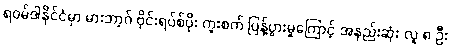
ရဝမ်ဒါနိုင်ငံမှာ မားဘာ့ဂ် ဗိုင်းရပ်စ်ပိုး ကူးစက် ပြန့်ပွားမှုကြောင့် အနည်းဆုံး လူ ၈ ဦး